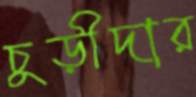
চুড়ীদার